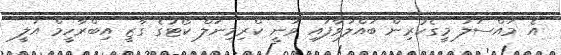
އެ މައްސަލަ މީގެކުރިން ބައްލަވާފައި ވަނީ ކްރިމިނަލް ކޯޓުގެ ގާޒީ އިބްރާހީމް އަލީ